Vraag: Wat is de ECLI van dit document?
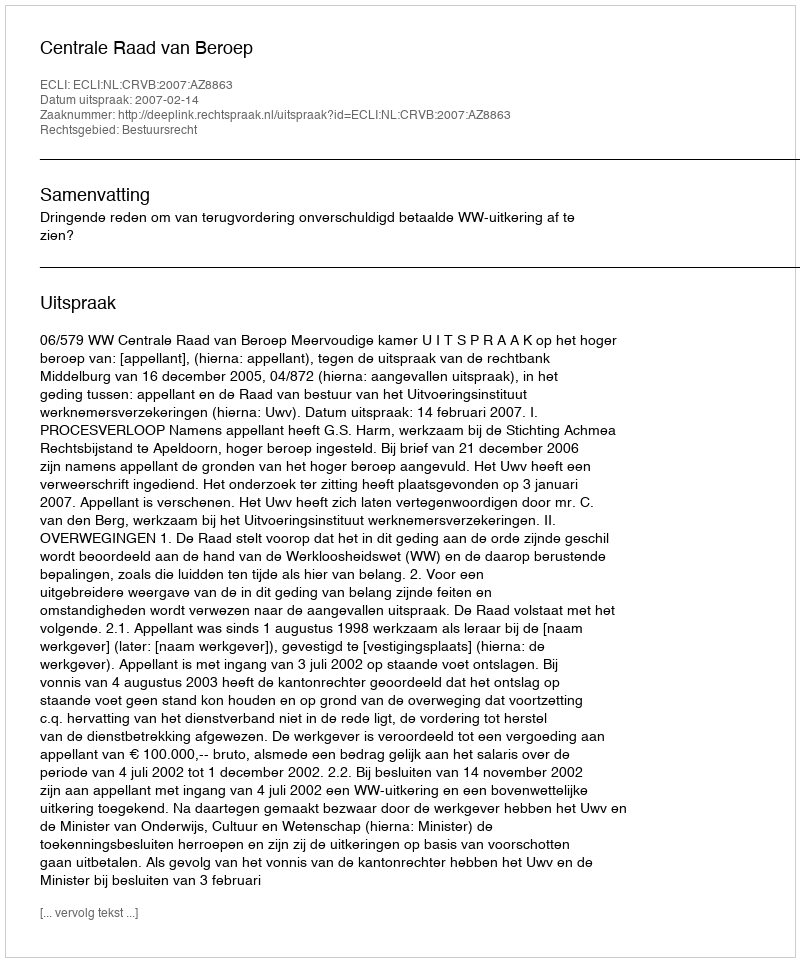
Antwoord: ECLI:NL:CRVB:2007:AZ8863